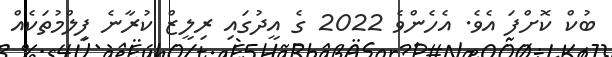
ބުކް ކޮށްފަ އެވެ. އެހެންވެ 2022 ގެ އީދުގައި ރިލީޒް ކުރާނެ ފިލްމުތަކެއް